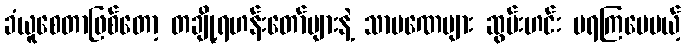
ခံယူစေတာဖြစ်တော့ တချို့ရဟန်းတော်များနဲ့ သာမဏေများ ဆွမ်းဟင်း မရကြပေမယ့်